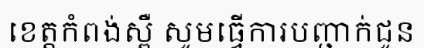
ខេត្តកំពង់ស្ពឺ សូមធ្វើការបញ្ជាក់ជូន